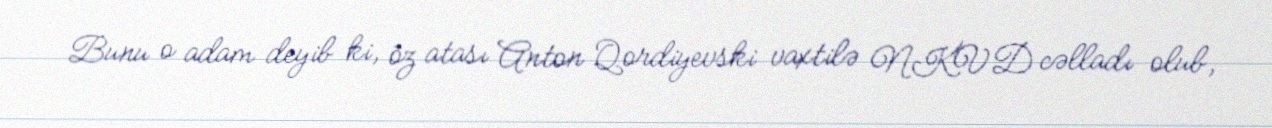
Bunu o adam deyib ki, öz atası Anton Qordiyevski vaxtilə NKVD cəlladı olub,